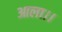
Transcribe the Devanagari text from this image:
आला।।